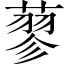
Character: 蓼